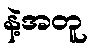
နဲ့အတူ